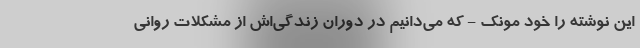
این نوشته را خود مونک - که می‌دانیم در دوران زندگی‌اش از مشکلات روانی